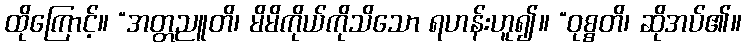
ထိုကြောင့်။ “အတ္တညူတိ၊ မိမိကိုယ်ကိုသိသော ရဟန်းဟူ၍။ “ဝုစ္စတိ၊ ဆိုအပ်၏။